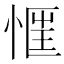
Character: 𢝎